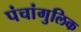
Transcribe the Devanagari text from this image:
पंचांगुलिक